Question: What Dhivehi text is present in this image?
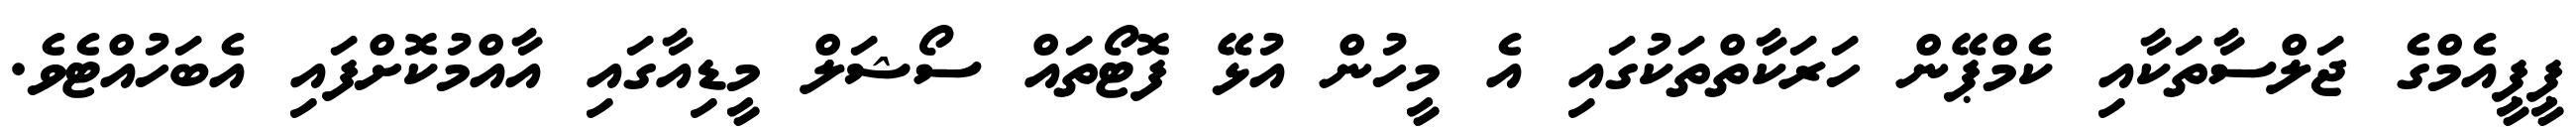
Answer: ޕީޕީއެމްގެ ޖަލްސާތަކާއި ކެމްޕޭން ހަރަކާތްތަކުގައި އެ މީހުން އުޅޭ ފޮޓޯތައް ސޯޝަލް މީޑިއާގައި އާއްމުކޮށްފައި އެބަހުއްޓެވެ.